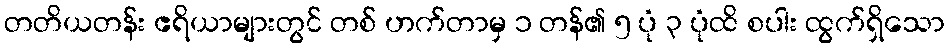
တတိယတန်း ဧရိယာများတွင် တစ် ဟက်တာမှ ၁ တန်၏ ၅ ပုံ ၃ ပုံထိ စပါး ထွက်ရှိသော